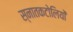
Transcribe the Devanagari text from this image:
स्नातकटोलियों